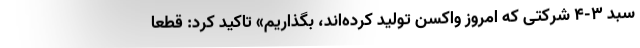
سبد ۳-۴ شرکتی که امروز واکسن تولید کرده‌اند، بگذاریم» تاکید کرد: قطعاً